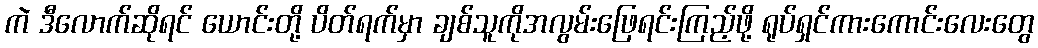
ကဲ ဒီလောက်ဆိုရင် ယောင်းတို့ ပိတ်ရက်မှာ ချစ်သူကိုအလွမ်းဖြေရင်းကြည့်ဖို့ ရုပ်ရှင်ကားကောင်းလေးတွေ